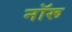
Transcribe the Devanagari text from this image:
नॉरू